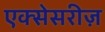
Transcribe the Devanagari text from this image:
एक्सेसरीज़